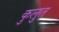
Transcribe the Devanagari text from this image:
कुलुत